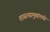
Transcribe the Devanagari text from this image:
शासनप्रमुखांमध्ये